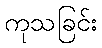
ကုသခြင်း